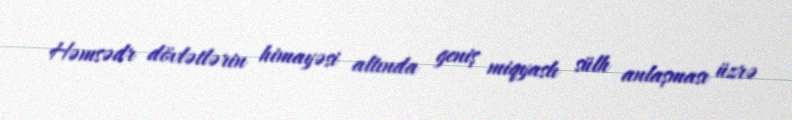
Həmsədr dövlətlərin himayəsi altında geniş miqyaslı sülh anlaşması üzrə